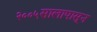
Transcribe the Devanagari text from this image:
२००५सालापासून